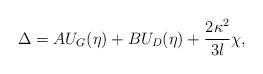
LaTeX: \begin{align*}\Delta=A U_G(\eta)+B U_D(\eta)+\frac{2 \kappa^2}{3 l} \chi,\end{align*}